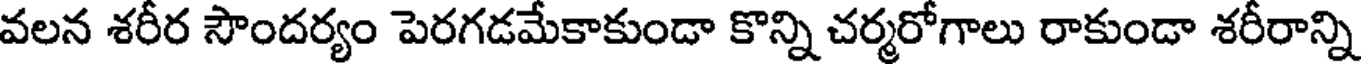
వలన శరీర సౌందర్యం పెరగడమేకాకుండా కొన్ని చర్మరోగాలు రాకుండా శరీరాన్ని